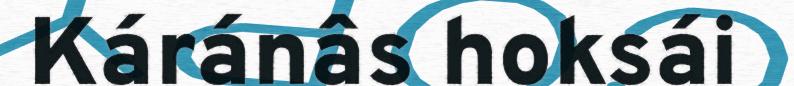
Káránâs hoksái